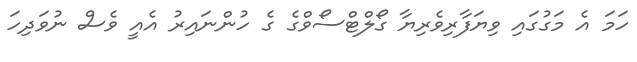
ހަމަ އެ މަގުގައި ވިޔަފާރިވެރިޔާ ގޯލްޓްސޯވްގެ ގެ ހުންނައިރު އެއީ ވެސް ނުވަދިހަ